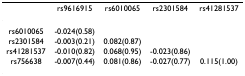
|  | rs9616915 | rs6010065 | rs2301584 | rs41281537 |
 | --- | --- | --- | --- | --- |
 | rs6010065 | -0.024(0.58) |  |  |  |
 | rs2301584 | -0.003(0.21) | 0.082(0.87) |  |  |
 | rs41281537 | -0.010(0.82) | 0.068(0.95) | -0.023(0.86) |  |
 | rs756638 | -0.007(0.44) | 0.081(0.86) | -0.027(0.77) | 0.115(1.00) |